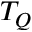
T _ { Q }